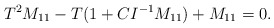
\begin{align*}T^{2}M_{11}-T(1+CI^{-1}M_{11})+M_{11}=0.\end{align*}